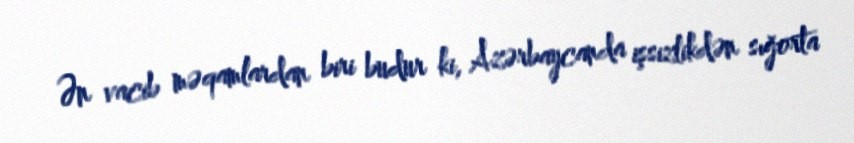
Ən vacib məqamlardan biri budur ki, Azərbaycanda işsizlikdən sığorta